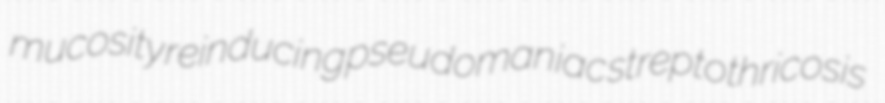
mucosity reinducing pseudomaniac streptothricosis